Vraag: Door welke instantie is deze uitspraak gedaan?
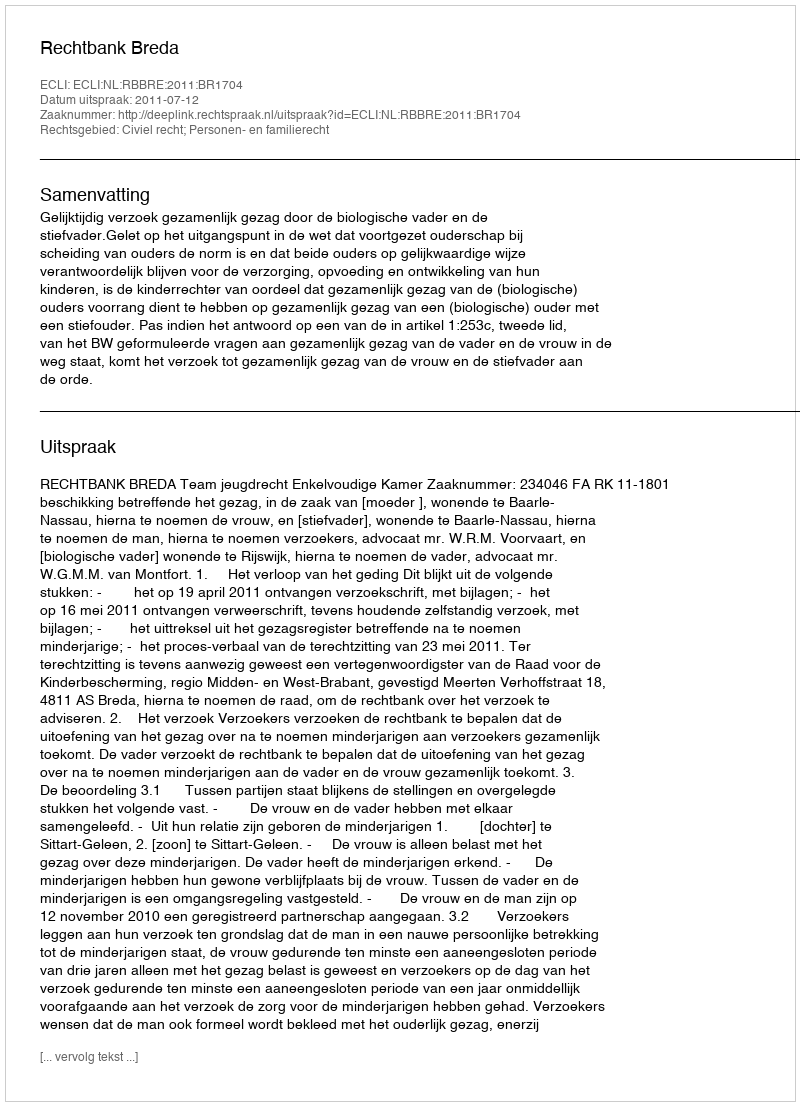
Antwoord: Rechtbank Breda